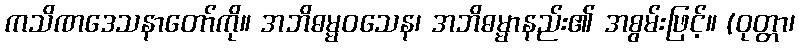
ကသိဏဒေသနာတော်ကို။ အဘိဓမ္မဝသေန၊ အဘိဓမ္မာနည်း၏ အစွမ်းဖြင့်။ (ဝုတ္တာ၊